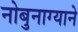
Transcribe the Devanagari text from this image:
नोबुनाग्याने